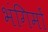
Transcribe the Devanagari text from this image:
भंगिमों